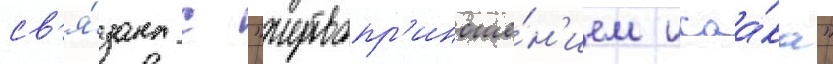
св'я́зана с "жертвопр'иноше́н'ием исаа́ка"